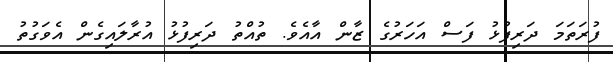
ފުރަތަމަ ދަރިފުޅު ފަސް އަހަރުގެ ޒާން އާއެވެ. ތުއްތު ދަރިފުޅު އުރާލައިގެން އެވަގުތު